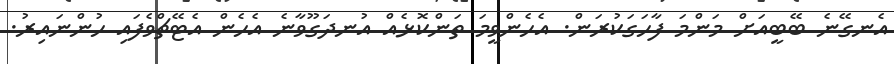
އެނގޭނެ ބޭބީއަށް މަންމަ ފާހަގަކުރަން. އެހެންވީމަ ތަންކޮޅެއް އުނދަގޫވާނެ އެހެން އެޓޭޗްވެފައި ހުންނައިރު.